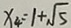
x _ { 4 } = 1 + \sqrt { 5 }